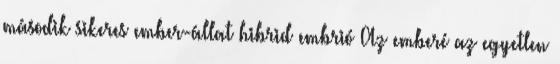
második sikeres ember-állat hibrid embrió Az emberé az egyetlen